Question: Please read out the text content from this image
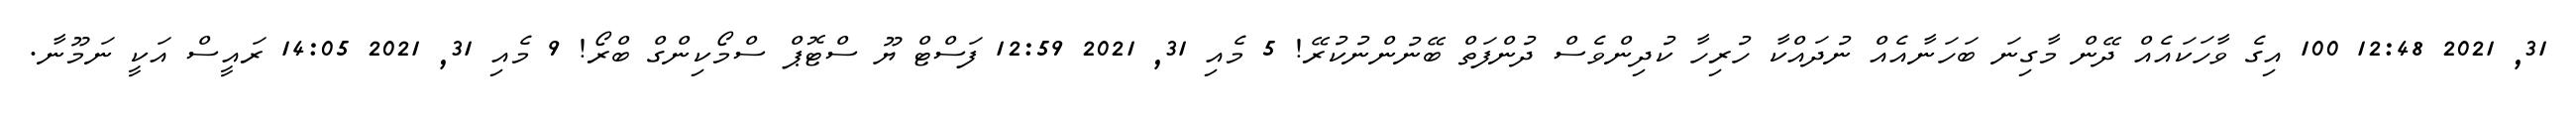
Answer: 31, 2021 12:48 100 އިގެ ވާހަކައެއް ދޭން މާގިނަ ބަހަނާއެއް ނުދައްކާ ހުރިހާ ކުދިންވެސް ދުންފަތް ބޭނުންނުކުރޭ! 5 މެއި 31, 2021 12:59 ފަސްޓް ޔޫ ސްޓޮޕް ސްމޯކިންގް ބްރޯ! 9 މެއި 31, 2021 14:05 ރައީސް އަކީ ނަމޫނާ.